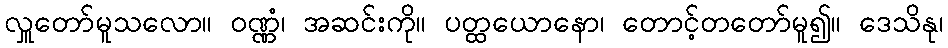
လှူတော်မူသလော။ ဝဏ္ဏံ၊ အဆင်းကို။ ပတ္ထယောနော၊ တောင့်တတော်မူ၍။ ဒေသိနု၊